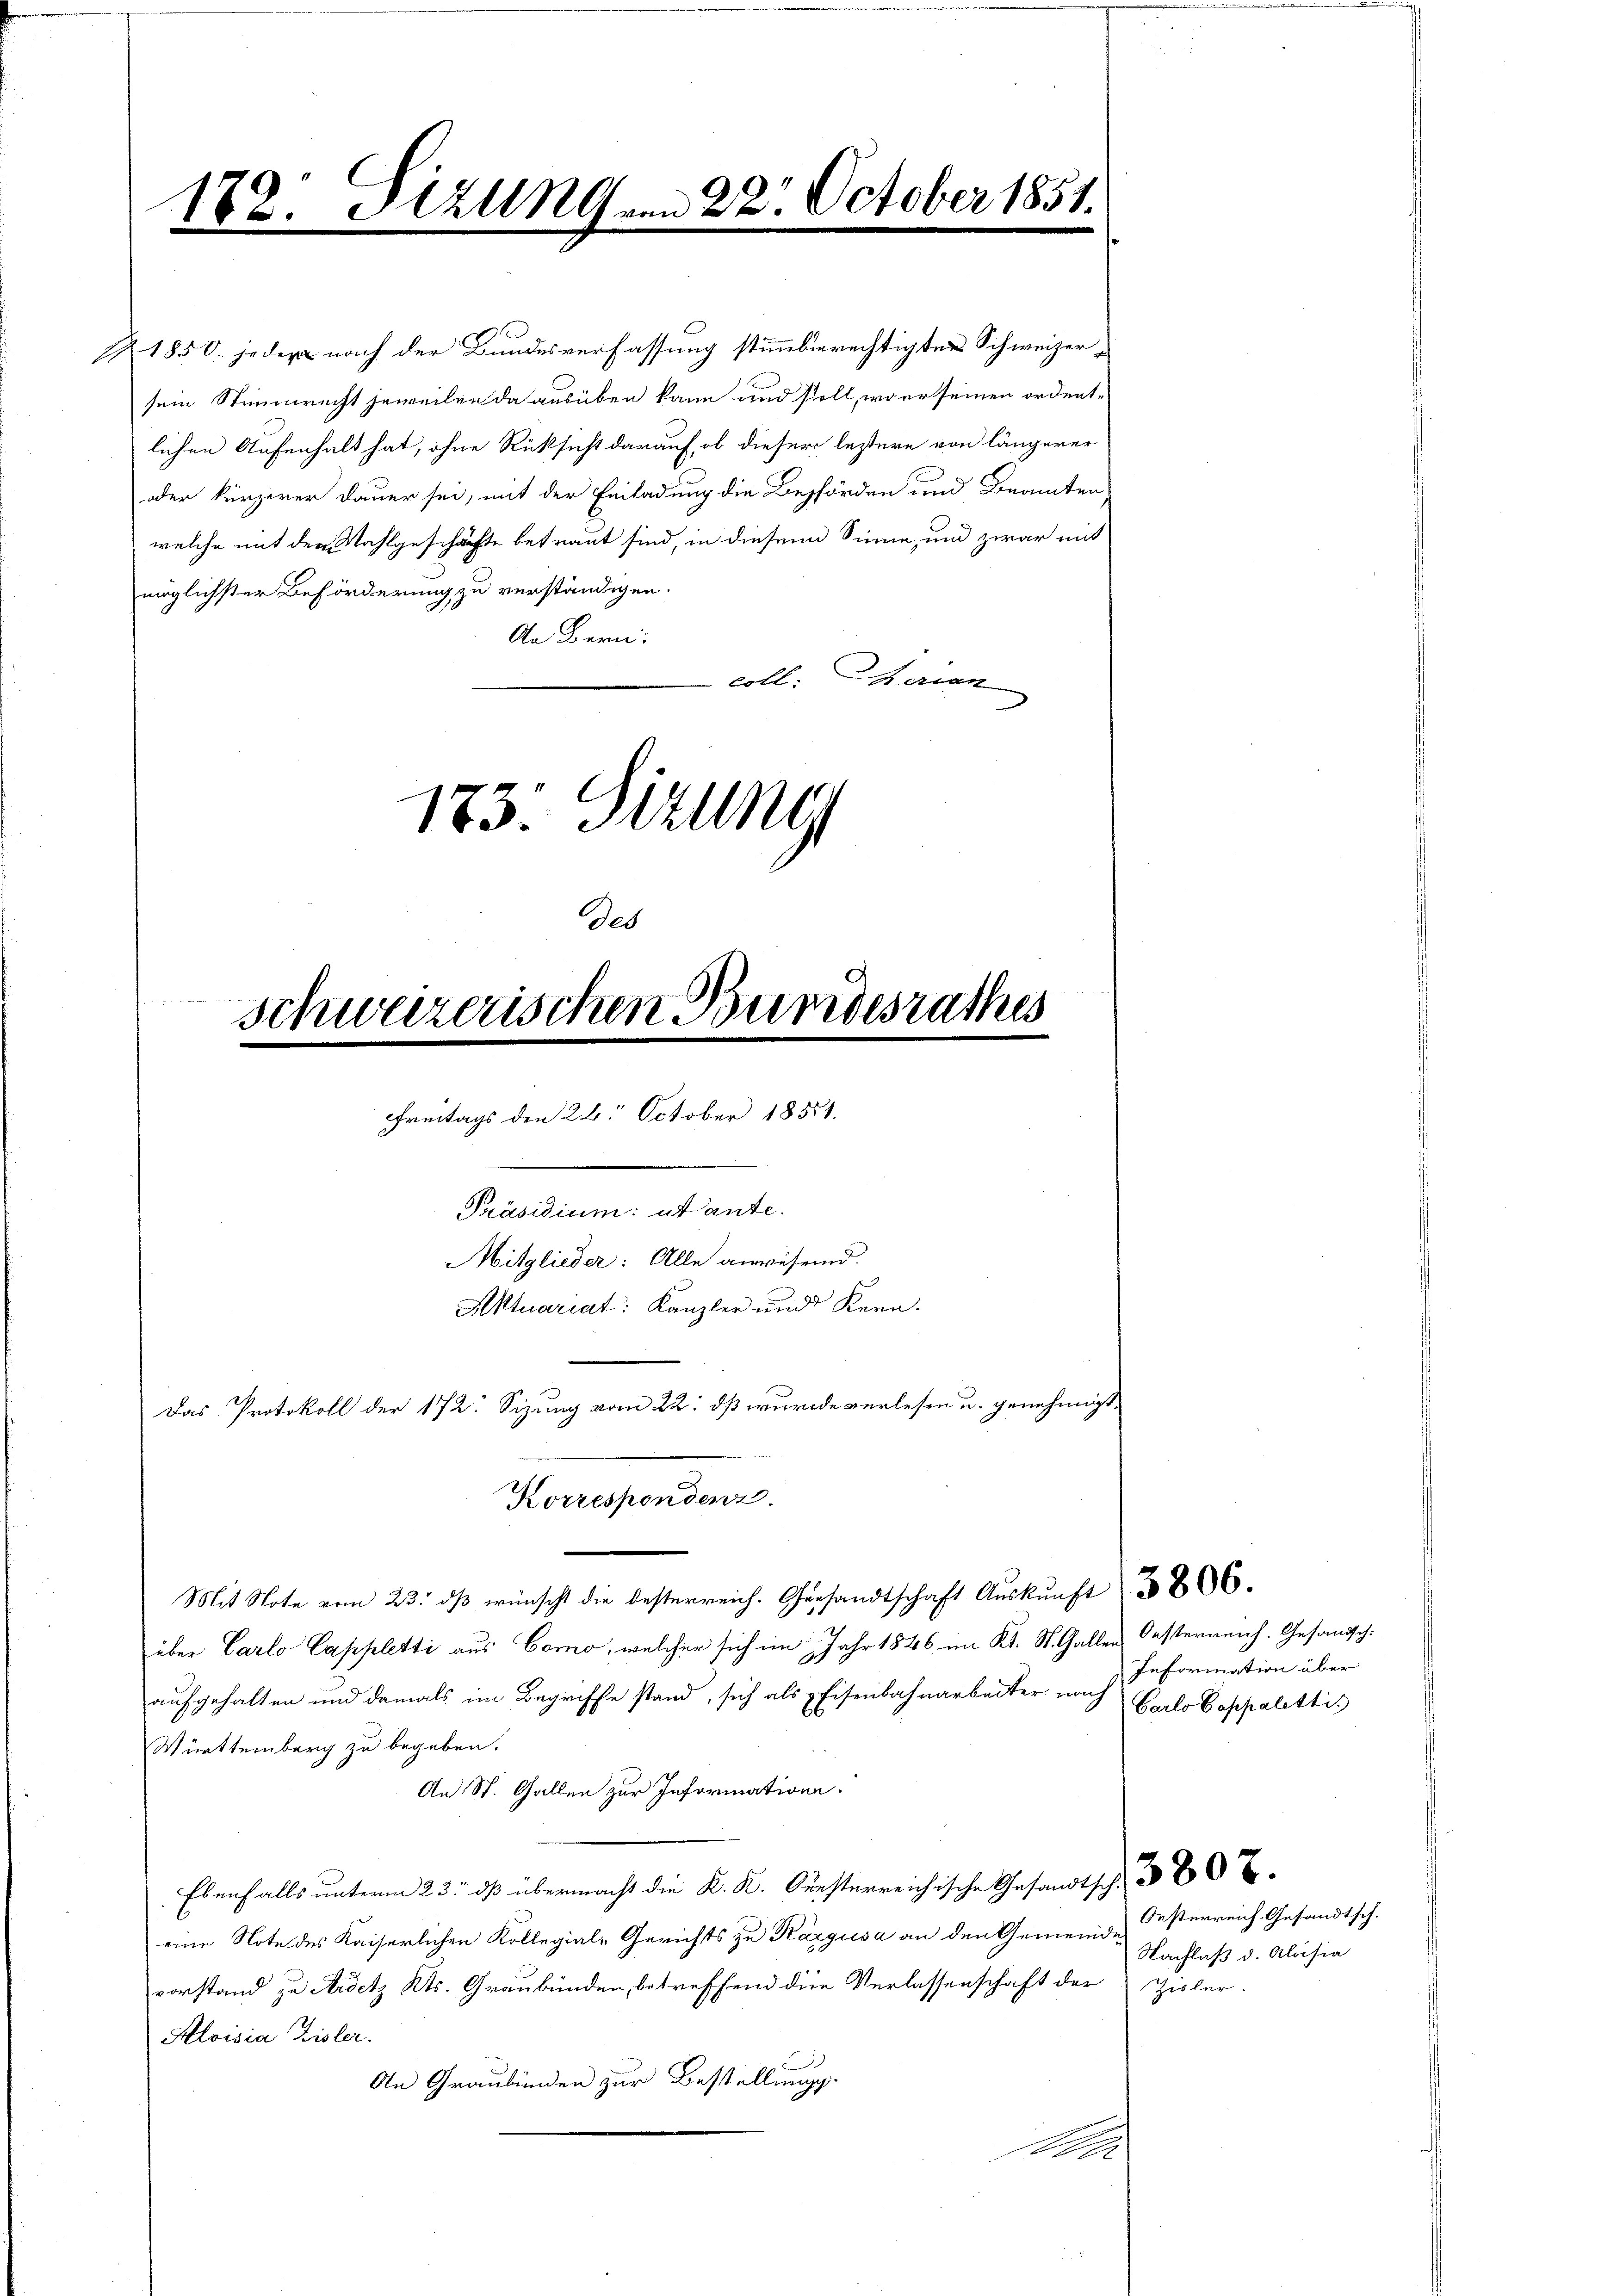
182. Sizung vom 22. October 1851.

R 1850. jeder nach der Bundesverfassung stimmbierechtigten Schweizersein Stimmrecht jeweilen da ausüben kann und stoll, wo er seinen ordent-
lichen Aufenhalt hat, ohne Rücksicht darauf, ob dieser letztere von längerer
oder kürzerer Dauer sei, mit der Einladung die Behörden und Beamten
welche mit der Wahlgeschäfte betraut sind, in diesem Sinne, und zwar mit
möglichster Beförderung zu verständigen.
An Bern:
coll. Heran
173. Sizung
Deb

schweizerischen Bundesrathes
Freitags den 28. October 18551.

.
Präsidium: ut ante.
Mitglieder: Alle anwesend.
Aktuariat: Kanzler und Kern.
Das Protokoll der 172. Sizung vom 22. dß wurde verlesen u. genehmigt.

Korrespendenz.

Mit Note vom 23. dβ wünscht die besterreich. Gersandtschaft Aŭskŭnft § 806.
über Carlo Cappletti aus Como, welcher sich im Jahr 1846 im Kt. St. Gallen Oesterreich. Gesandsch
aufgehalten und damals im Begriffe stand, sich als Eisenbahnarbeiter nach Epilo Sappaletti.
Württemberg zu begeben.
An St. Gallen zur Information.
Ebenfalls unterm 23. dß übermacht die K. K. Oesterreichische Gesandtsch
eine Note des Kaiserlichen Kollegial-Gerichts zu Kärgusa an den Gemeinde
vorstand zu Arsetz Kts. Graubünden, betreffend die Verlassenschaft der Zisler-
Aloisia Zisler.
An Graubünden zur Bestellungs¬
An

Information über

Oesterreich Gesandtsch.
Nachlaß d. Aloisia